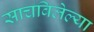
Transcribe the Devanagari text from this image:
साचविलेल्या